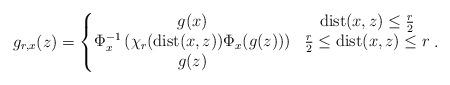
LaTeX: \begin{align*} g_{r, x}(z)&=\left\lbrace\begin{matrix} g(x) & \mathrm{dist}(x, z)\leq \frac{r}{2}\\ \Phi_x^{-1}\left(\chi_r(\mathrm{dist}(x, z))\Phi_x(g(z))\right) & \frac{r}{2}\leq\mathrm{dist}(x, z)\leq r\\ g(z)& \end{matrix}\right.. \end{align*}